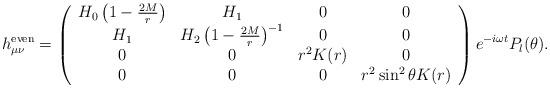
LaTeX: \begin{align*}h_{\mu\nu}^{\rm even} = \left (\begin{array}{cccc}H_0\left ( 1 - {2M\over r} \right ) & H_1 & 0 & 0 \\H_1 & H_2\left ( 1 - {2M\over r} \right )^{-1} & 0 & 0 \\0 & 0 & r^2 K(r) & 0 \\0 & 0 & 0 & r^2\sin^2\theta K(r)\end{array}\right ) e^{-i\omega t} P_l(\theta).\end{align*}